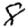
Digit: 8